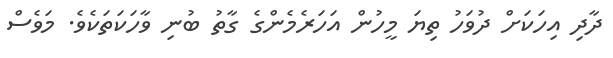
ދާދި އިހަކަށް ދުވަހު ތިޔަ މީހުން އަހަރެމެންގެ ގާތު ބުނި ވާހަކަތަކެވެ. މަވެސް